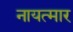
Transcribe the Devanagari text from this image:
नायत्मार